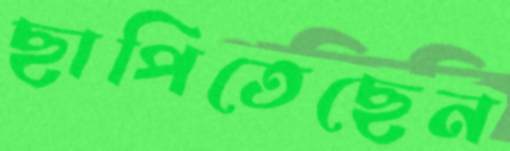
ছাপিতেছেন